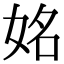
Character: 姳